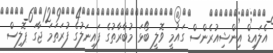
އެލައިޑް އިންޝިއުރެންސް ގައުމީ ވޮލީ ބޯޅަ މުބާރާތުގެ ފައިނަލުގެ ފުރަތަމަ ޖާގަ ޕޮލިސް